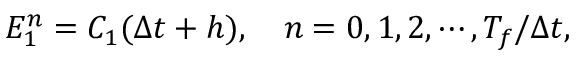
\begin{array} { r } { { E } _ { 1 } ^ { n } = C _ { 1 } ( \Delta t + h ) , \quad n = 0 , 1 , 2 , \cdots , T _ { f } / \Delta t , } \end{array}